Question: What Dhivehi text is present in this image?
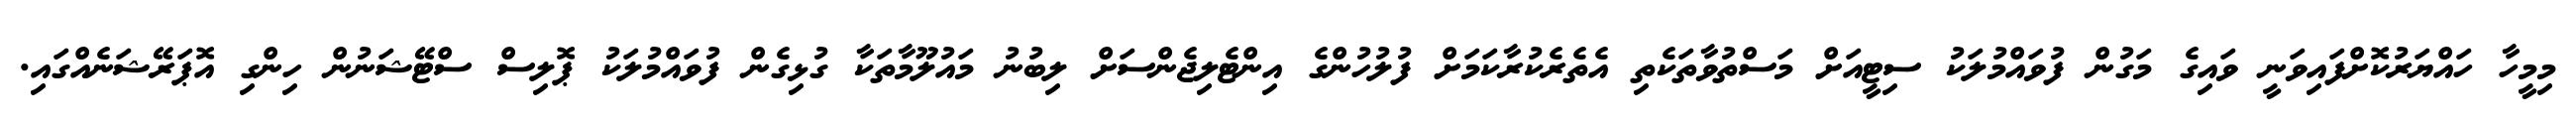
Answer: މިމީހާ ހައްޔަރުކޮށްފައިވަނީ ވައިގެ މަގުން ފުވައްމުލަކު ސިޓީއަށް މަސްތުވާތަކެތި އެތެރެކުރާކަމަށް ފުލުހުންގެ އިންޓެލިޖެންސަށް ލިބުނު މައުލޫމާތަކާ ގުޅިގެން ފުވައްމުލަކު ޕޮލިސް ސްޓޭޝަނުން ހިންގި އޮޕަރޭޝަނެއްގައި.